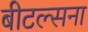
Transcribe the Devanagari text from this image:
बीटल्सना